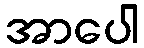
အာပေါ